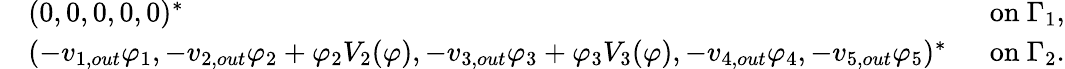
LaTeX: \begin{array}{rlr}&{(0,0,0,0,0)^{*}\; }&{\mathrm{~on~}\Gamma_{1},}\\ &{(-v_{1,out}\varphi_{1},-v_{2,out}\varphi_{2}+\varphi_{2}V_{2}(\varphi),-v_{3,out}\varphi_{3}+\varphi_{3}V_{3}(\varphi),-v_{4,out}\varphi_{4},-v_{5,out}\varphi_{5})^{*}\; }&{\mathrm{~on~}\Gamma_{2}.}\end{array}